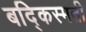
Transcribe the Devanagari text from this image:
बद्किस्मती